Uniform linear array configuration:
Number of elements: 24
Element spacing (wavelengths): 0.75
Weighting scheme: binomial
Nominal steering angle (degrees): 0
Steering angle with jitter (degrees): -1.208
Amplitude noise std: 0.05
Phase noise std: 0.05

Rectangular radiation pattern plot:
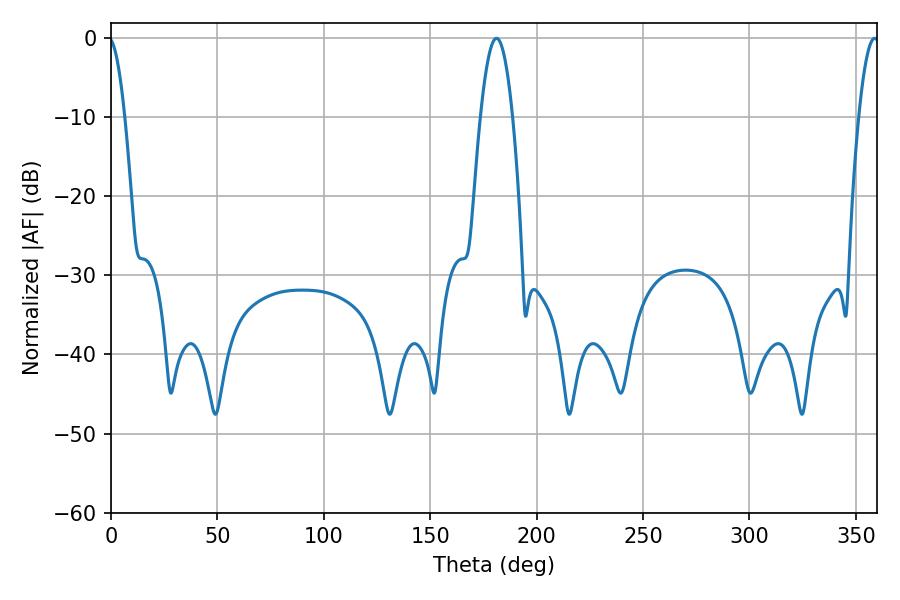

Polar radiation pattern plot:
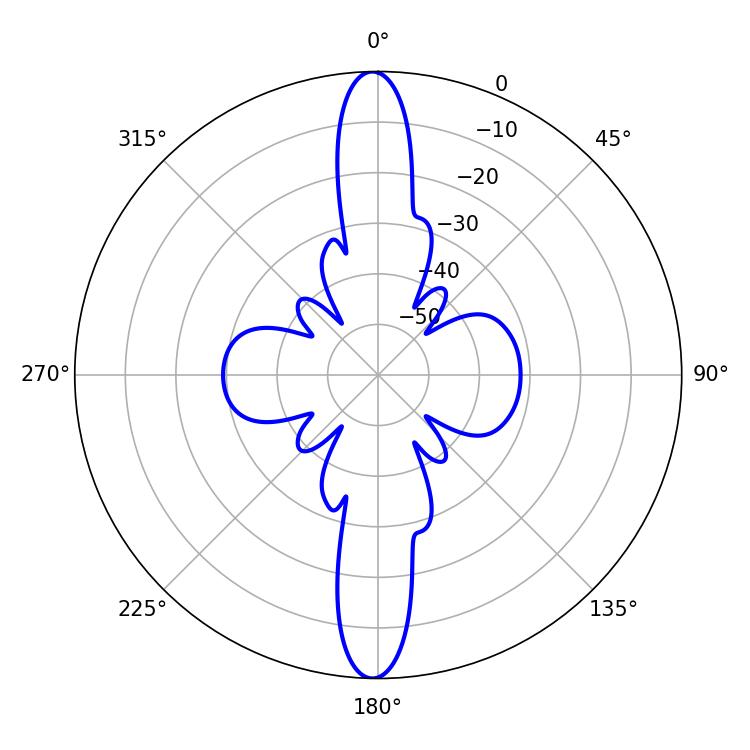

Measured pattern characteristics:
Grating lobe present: TRUE
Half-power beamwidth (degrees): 8.28
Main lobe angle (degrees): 181.08